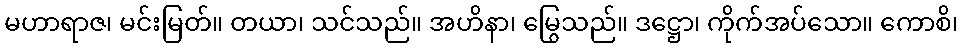
မဟာရာဇ၊ မင်းမြတ်။ တယာ၊ သင်သည်။ အဟိနာ၊ မြွေသည်။ ဒဋ္ဌော၊ ကိုက်အပ်သော။ ကောစိ၊